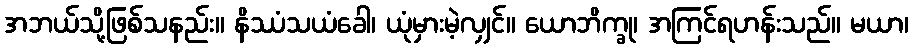
အဘယ်သို့ဖြစ်သနည်း။ နိဿံသယံခေါ၊ ယုံမှားမဲ့လျှင်။ ယောဘိက္ခု၊ အကြင်ရဟန်းသည်။ မယာ၊